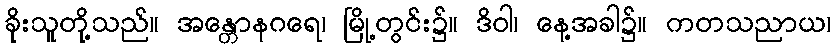
ခိုးသူတို့သည်။ အန္တောနဂရေ၊ မြို့တွင်း၌။ ဒိဝါ၊ နေ့အခါ၌။ ကတသညာယ၊